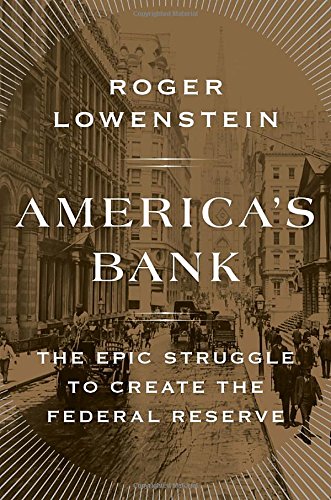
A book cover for America's Bank: The Epic Struggle to Create the Federal Reserve; Roger Lowenstein; Business & Money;